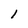
Character: l